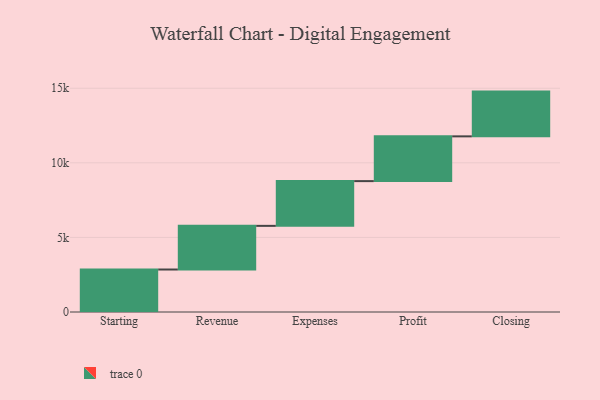
{"axis": {"x": "Step", "y": "Value"}, "legend": [""], "data": [{"x": "Starting", "y": 2848.0, "type": ""}, {"x": "Revenue", "y": 2926.0, "type": ""}, {"x": "Expenses", "y": 3000, "type": ""}, {"x": "Profit", "y": 3000, "type": ""}, {"x": "Closing", "y": 3000, "type": ""}]}